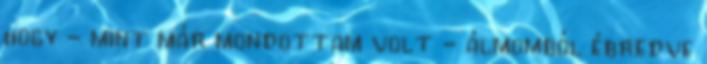
hogy - mint már mondottam volt - álmomból ébredve